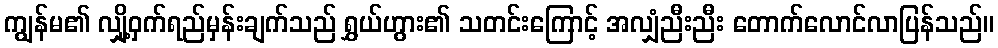
ကျွန်မ၏ လျှို့ဝှက်ရည်မှန်းချက်သည် ရွှယ်ဟွား၏ သတင်းကြောင့် အလျှံညီးညီး တောက်လောင်လာပြန်သည်။